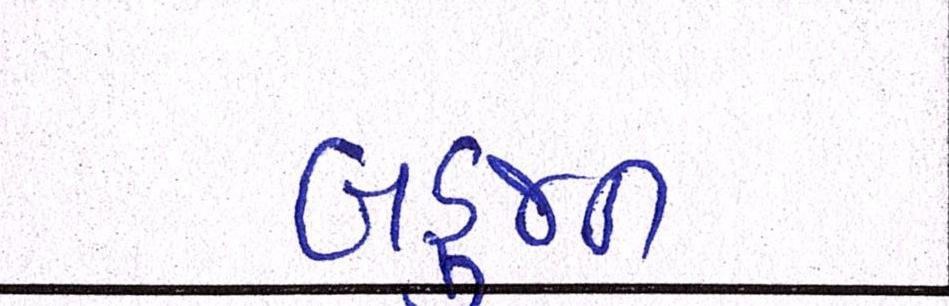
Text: બહુજન